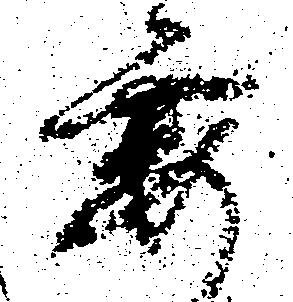
要